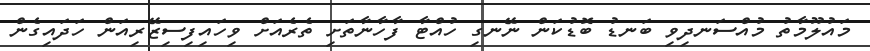
މައުލޫމާތު މުއްސަނދިވި ބަނޑު ބޮޑުކަން ނޭނގި ހުއްޓާ ފާހާނާތަށި ތެރެއަށް ވިހައިފިސިޒޭރިއަން ހަދައިގެން